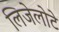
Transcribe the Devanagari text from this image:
लिजेलोटे